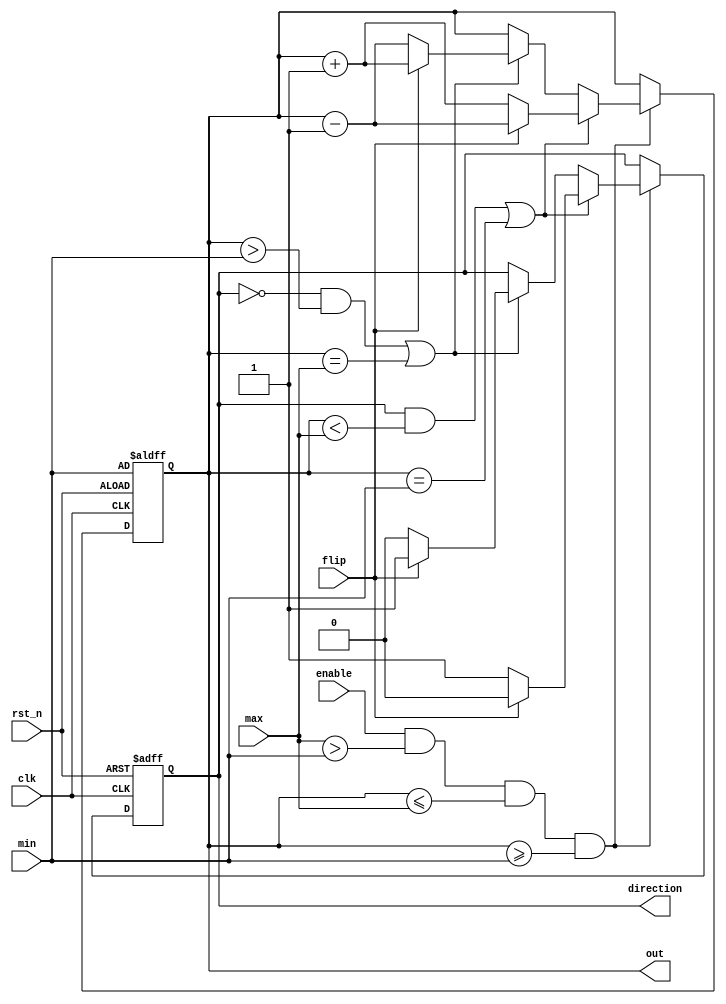
`timescale 1ns/1ps
//https://github.com/laplaceyc/VLSI_Design-Implementation/blob/master/Lab3_Parameterized_Pingpong_Counter/lab03_pingpong.v
//https://github.com/laplaceyc/VLSI_Design-Implementation/tree/master/Lab3_Parameterized_Pingpong_Counter
module Parameterized_Ping_Pong_Counter (clk, rst_n, enable, flip, max, min, direction, out);
input clk, rst_n;
input enable;
input flip;
input [3:0] max;
input [3:0] min;
output direction;
output [3:0] out;
reg direction;
reg [3:0] out;
wire[3:0] up, down;

always @(posedge clk or negedge rst_n) begin
    if(!rst_n)begin
        out <= min;
        direction <= 1'b1;
    end
    else if(enable == 1'b1 && max > min && out<=max && out>=min) begin
        if((direction==1'b1 && out < max) || out==min)begin
            if(flip==1'b1)begin
                direction <= 1'b0;
                out <= down;
            end
            else begin
                direction <= 1'b1; 
                out <= up;
            end
        end
        else if((direction==1'b0 && out > min) || out==max)begin
            if(flip==1'b1)begin
                direction <= 1'b1; 
                out <= up;
            end
            else begin
                direction <= 1'b0;
                out <= down;
            end
        end
    end
end
assign up = out + 1'b1;
assign down = out - 1'b1;

endmodule